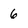
Character: 6